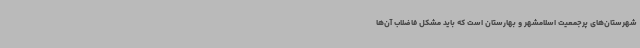
شهرستان‌های پرجمعیت اسلامشهر و بهارستان است که باید مشکل فاضلاب آن‌ها